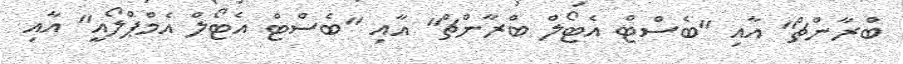
ބްރާންޗް" އާއި "ބެސްޓް އެޓޯލް ބްރާންޗް" އާއި "ބެސްޓް އެޓޯލް އެމްޕްލޯއީ" އާއި